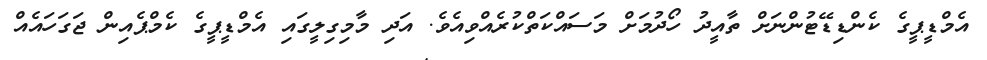
އެމްޑީޕީގެ ކެންޑިޑޭޓުންނަށް ތާއީދު ހޯދުމަށް މަސައްކަތްކުރެއްވިއެވެ. އަދި މާމިގިލީގައި އެމްޑީޕީގެ ކެމްޕެއިން ޖަގަހައެއް